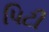
પિટી